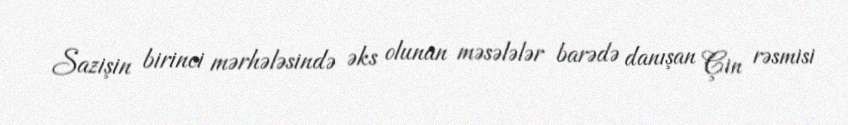
Sazişin birinci mərhələsində əks olunan məsələlər barədə danışan Çin rəsmisi